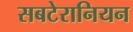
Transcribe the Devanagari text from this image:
सबटेरानियन